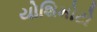
યોશિમોટો